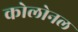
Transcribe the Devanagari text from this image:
कोलोनल